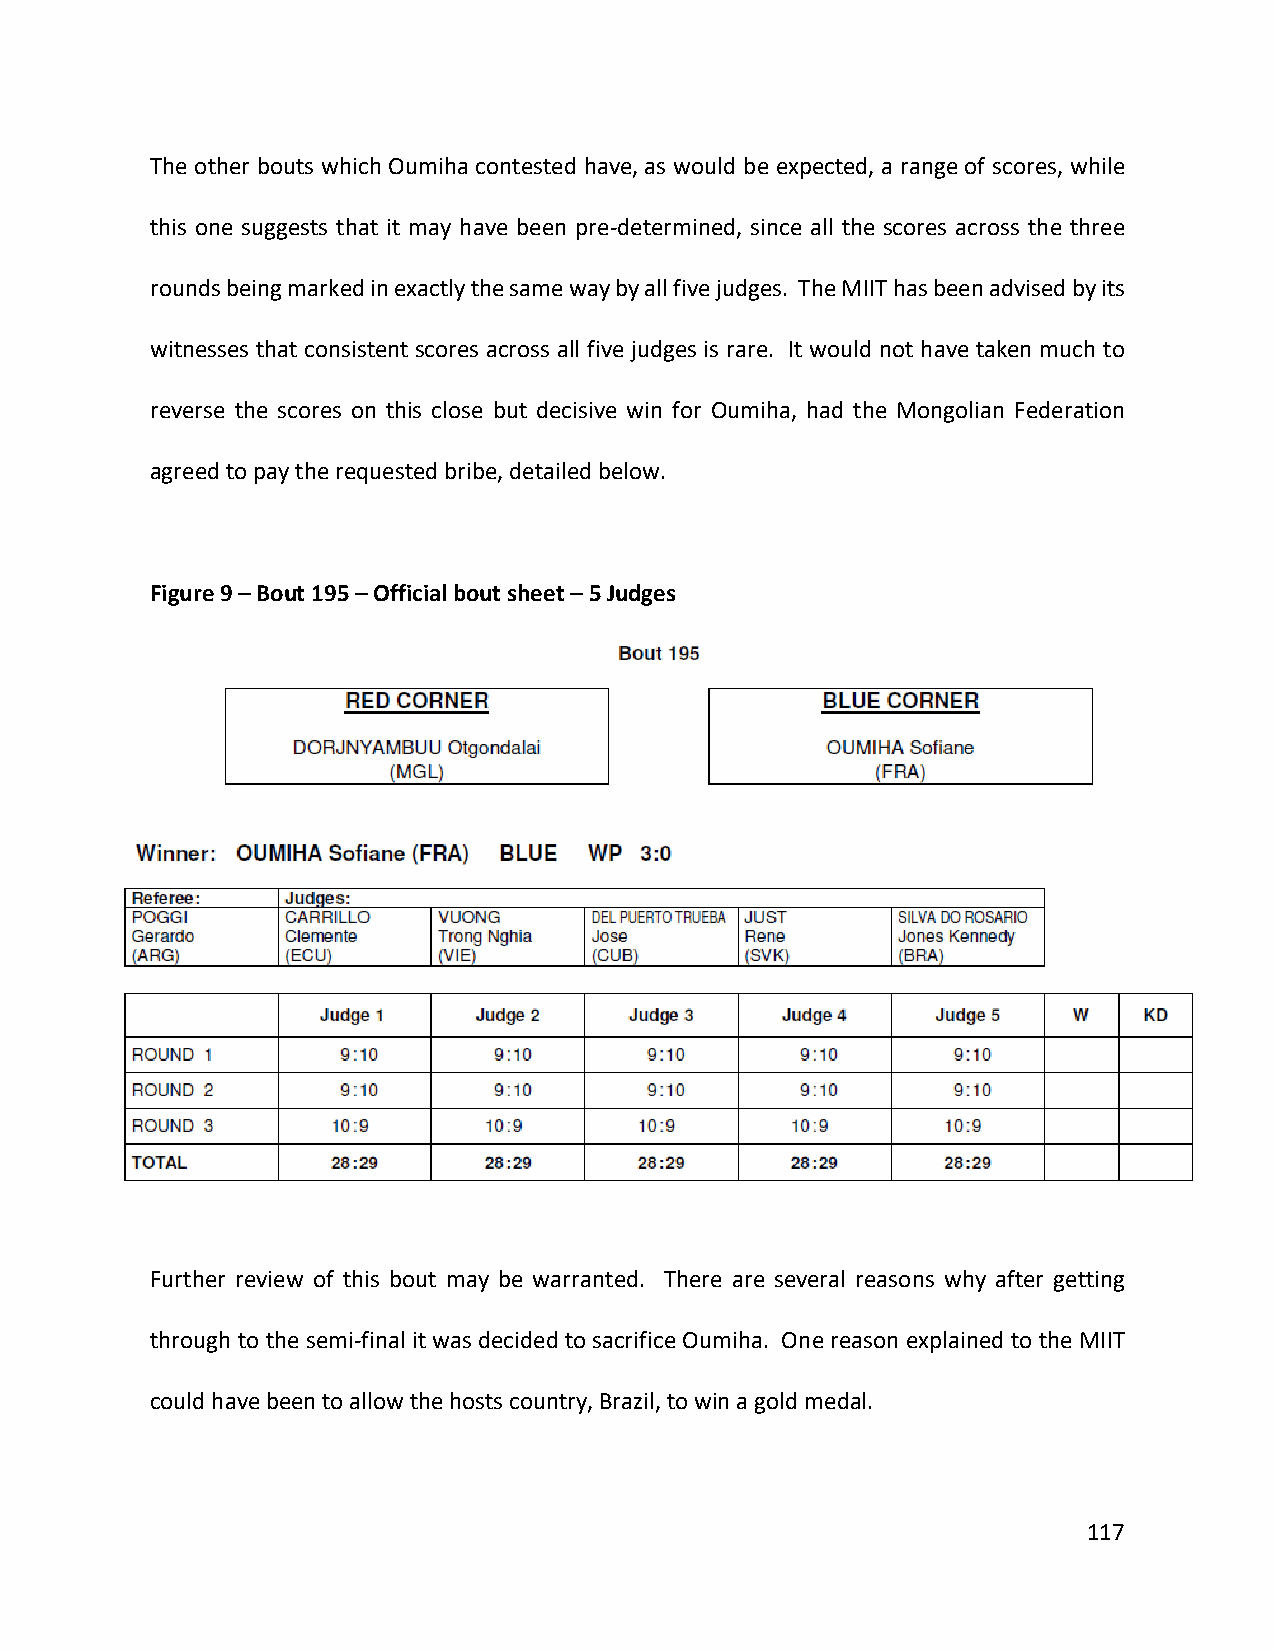
The other bouts which Oumiha contested have, as would be expected, a range of scores, while
 this one suggests that it may have been pre-determined, since all the scores across the three
 rounds being marked in exactly the same way by all five judges. The MIIT has been advised by its
 witnesses that consistent scores across all five judges is rare. It would not have taken much to
 reverse the scores on this close but decisive win for Oumiha, had the Mongolian Federation
 agreed to pay the requested bribe, detailed below.
 Figure 9 – Bout 195 – Official bout sheet – 5 Judges
 Further review of this bout may be warranted. There are several reasons why after getting
 through to the semi-final it was decided to sacrifice Oumiha. One reason explained to the MIIT
 could have been to allow the hosts country, Brazil, to win a gold medal.
 117